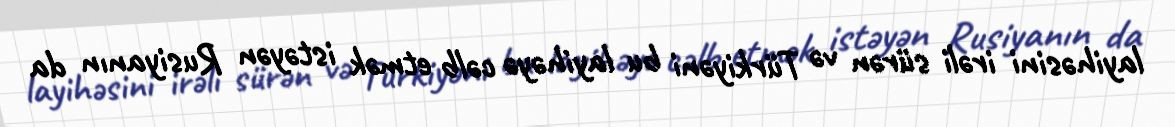
layihəsini irəli sürən və Türkiyəni bu layihəyə cəlb etmək istəyən Rusiyanın da